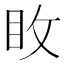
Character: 𭾢